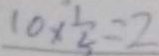
1 0 \times \frac { 1 } { 5 } = 2